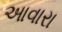
આવારા